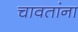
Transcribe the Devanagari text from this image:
चावतांना